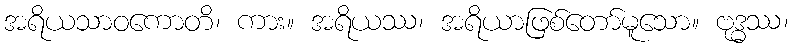
အရိယသာဝကောတိ၊ ကား။ အရိယဿ၊ အရိယာဖြစ်တော်မူသော။ ဗုဒ္ဓဿ၊